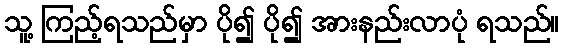
သူ့ ကြည့်ရသည်မှာ ပို၍ ပို၍ အားနည်းလာပုံ ရသည်။